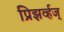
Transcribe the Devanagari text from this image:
प्रिझर्व्हज्